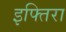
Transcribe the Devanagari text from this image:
इफ्तिरा